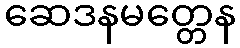
ဆေဒနမတ္တေန